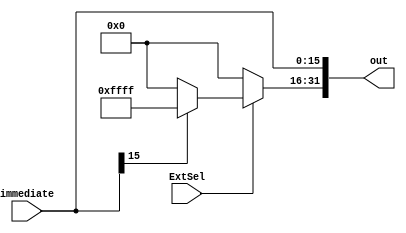
`timescale 1ns / 1ps
 
module signZeroExtend(immediate, ExtSel, out);
    input [15:0] immediate;
	 input ExtSel;
	 output [31:0] out;
	 
	 assign out[15:0] = immediate;
	 assign out[31:16] = ExtSel? (immediate[15]? 16'hffff : 16'h0000) : 16'h0000;
 
endmodule